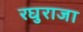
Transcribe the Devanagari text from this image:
रघुराजा